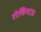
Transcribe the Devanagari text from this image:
रोचिनाऊ